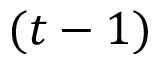
( t - 1 )